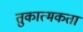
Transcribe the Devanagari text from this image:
तुकात्मकता